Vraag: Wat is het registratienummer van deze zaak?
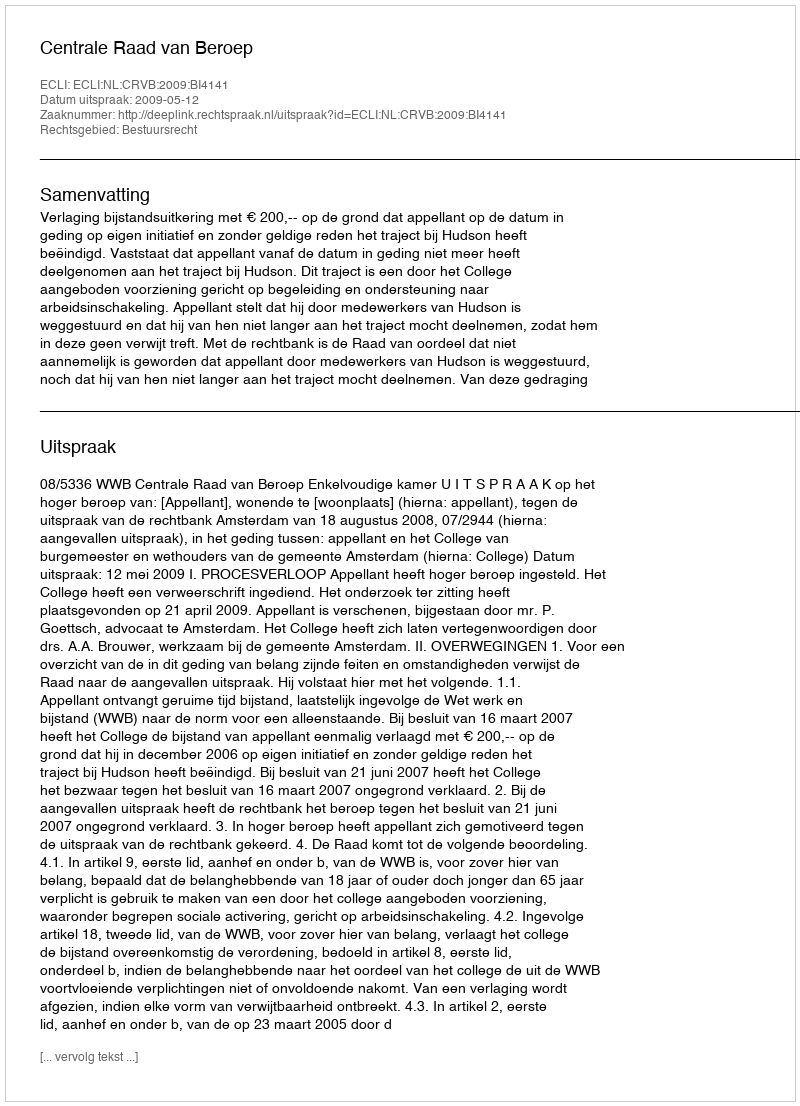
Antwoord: http://deeplink.rechtspraak.nl/uitspraak?id=ECLI:NL:CRVB:2009:BI4141